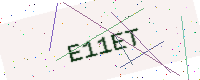
Text: E11ET